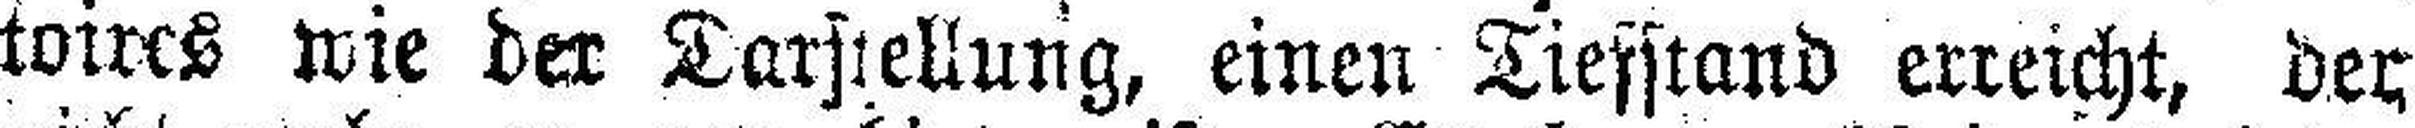
toires wie der Darstellung, einen Tiefstand erreicht, der